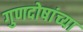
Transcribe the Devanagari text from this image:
गुणदोषांच्या